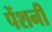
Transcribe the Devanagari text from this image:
पेंशनी